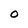
Character: O